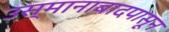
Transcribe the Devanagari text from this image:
उस्मानाबादपासून